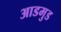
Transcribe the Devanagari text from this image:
आडमुड